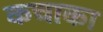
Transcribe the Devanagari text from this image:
कचाका